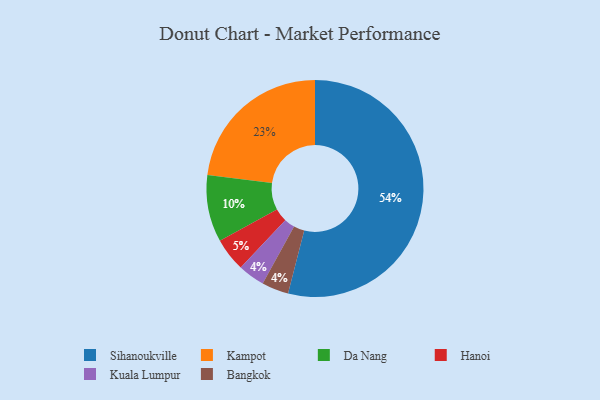
{"axis": {"x": "Category", "y": "Percentage"}, "legend": ["Bangkok", "Da Nang", "Hanoi", "Kampot", "Kuala Lumpur", "Sihanoukville"], "data": [{"x": "Da Nang", "y": 10, "type": "Da Nang"}, {"x": "Hanoi", "y": 5, "type": "Hanoi"}, {"x": "Kuala Lumpur", "y": 4, "type": "Kuala Lumpur"}, {"x": "Sihanoukville", "y": 54, "type": "Sihanoukville"}, {"x": "Bangkok", "y": 4, "type": "Bangkok"}, {"x": "Kampot", "y": 23, "type": "Kampot"}]}